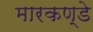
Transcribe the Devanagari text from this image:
मारकण्डे